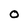
Character: O